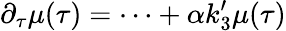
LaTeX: \partial_{\tau}\mu(\tau)=\dots+\alpha k_{3}^{\prime}\mu(\tau)